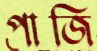
পাজি